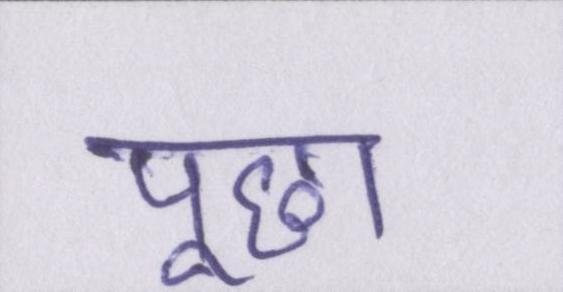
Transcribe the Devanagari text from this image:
पूछा